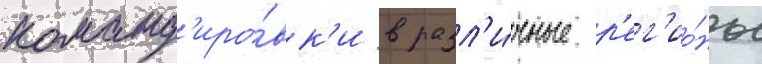
команд'иро́вк'и в разл'и́чные р'ег'ио́ны